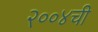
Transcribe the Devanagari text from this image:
२००४ची